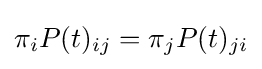
\pi _{i}P(t)_{ij}=\pi _{j}P(t)_{ji}